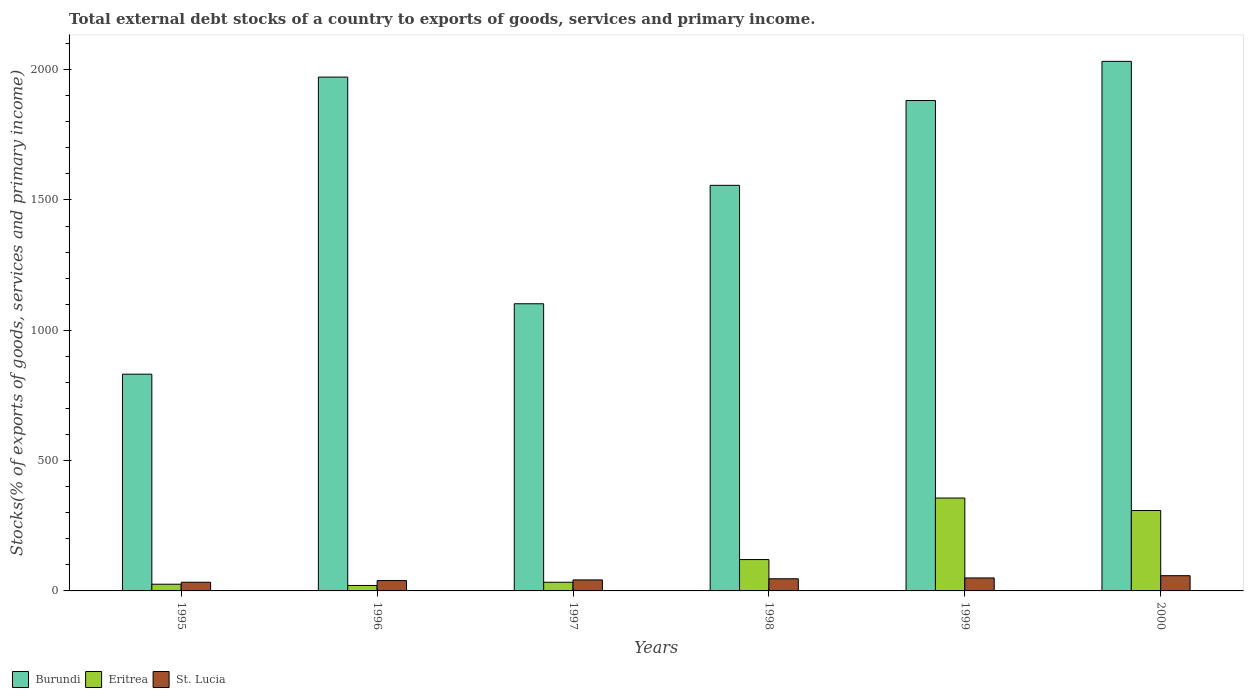
| Years | Burundi | Eritrea | St. Lucia |
 | --- | --- | --- | --- |
 | 1995 | 832 | 25.8 | 33.3 |
 | 1996 | 1.97e+03 | 21 | 39.7 |
 | 1997 | 1.1e+03 | 33.3 | 42.3 |
 | 1998 | 1.56e+03 | 120 | 46.6 |
 | 1999 | 1.88e+03 | 356 | 49.8 |
 | 2000 | 2.03e+03 | 309 | 58.4 |